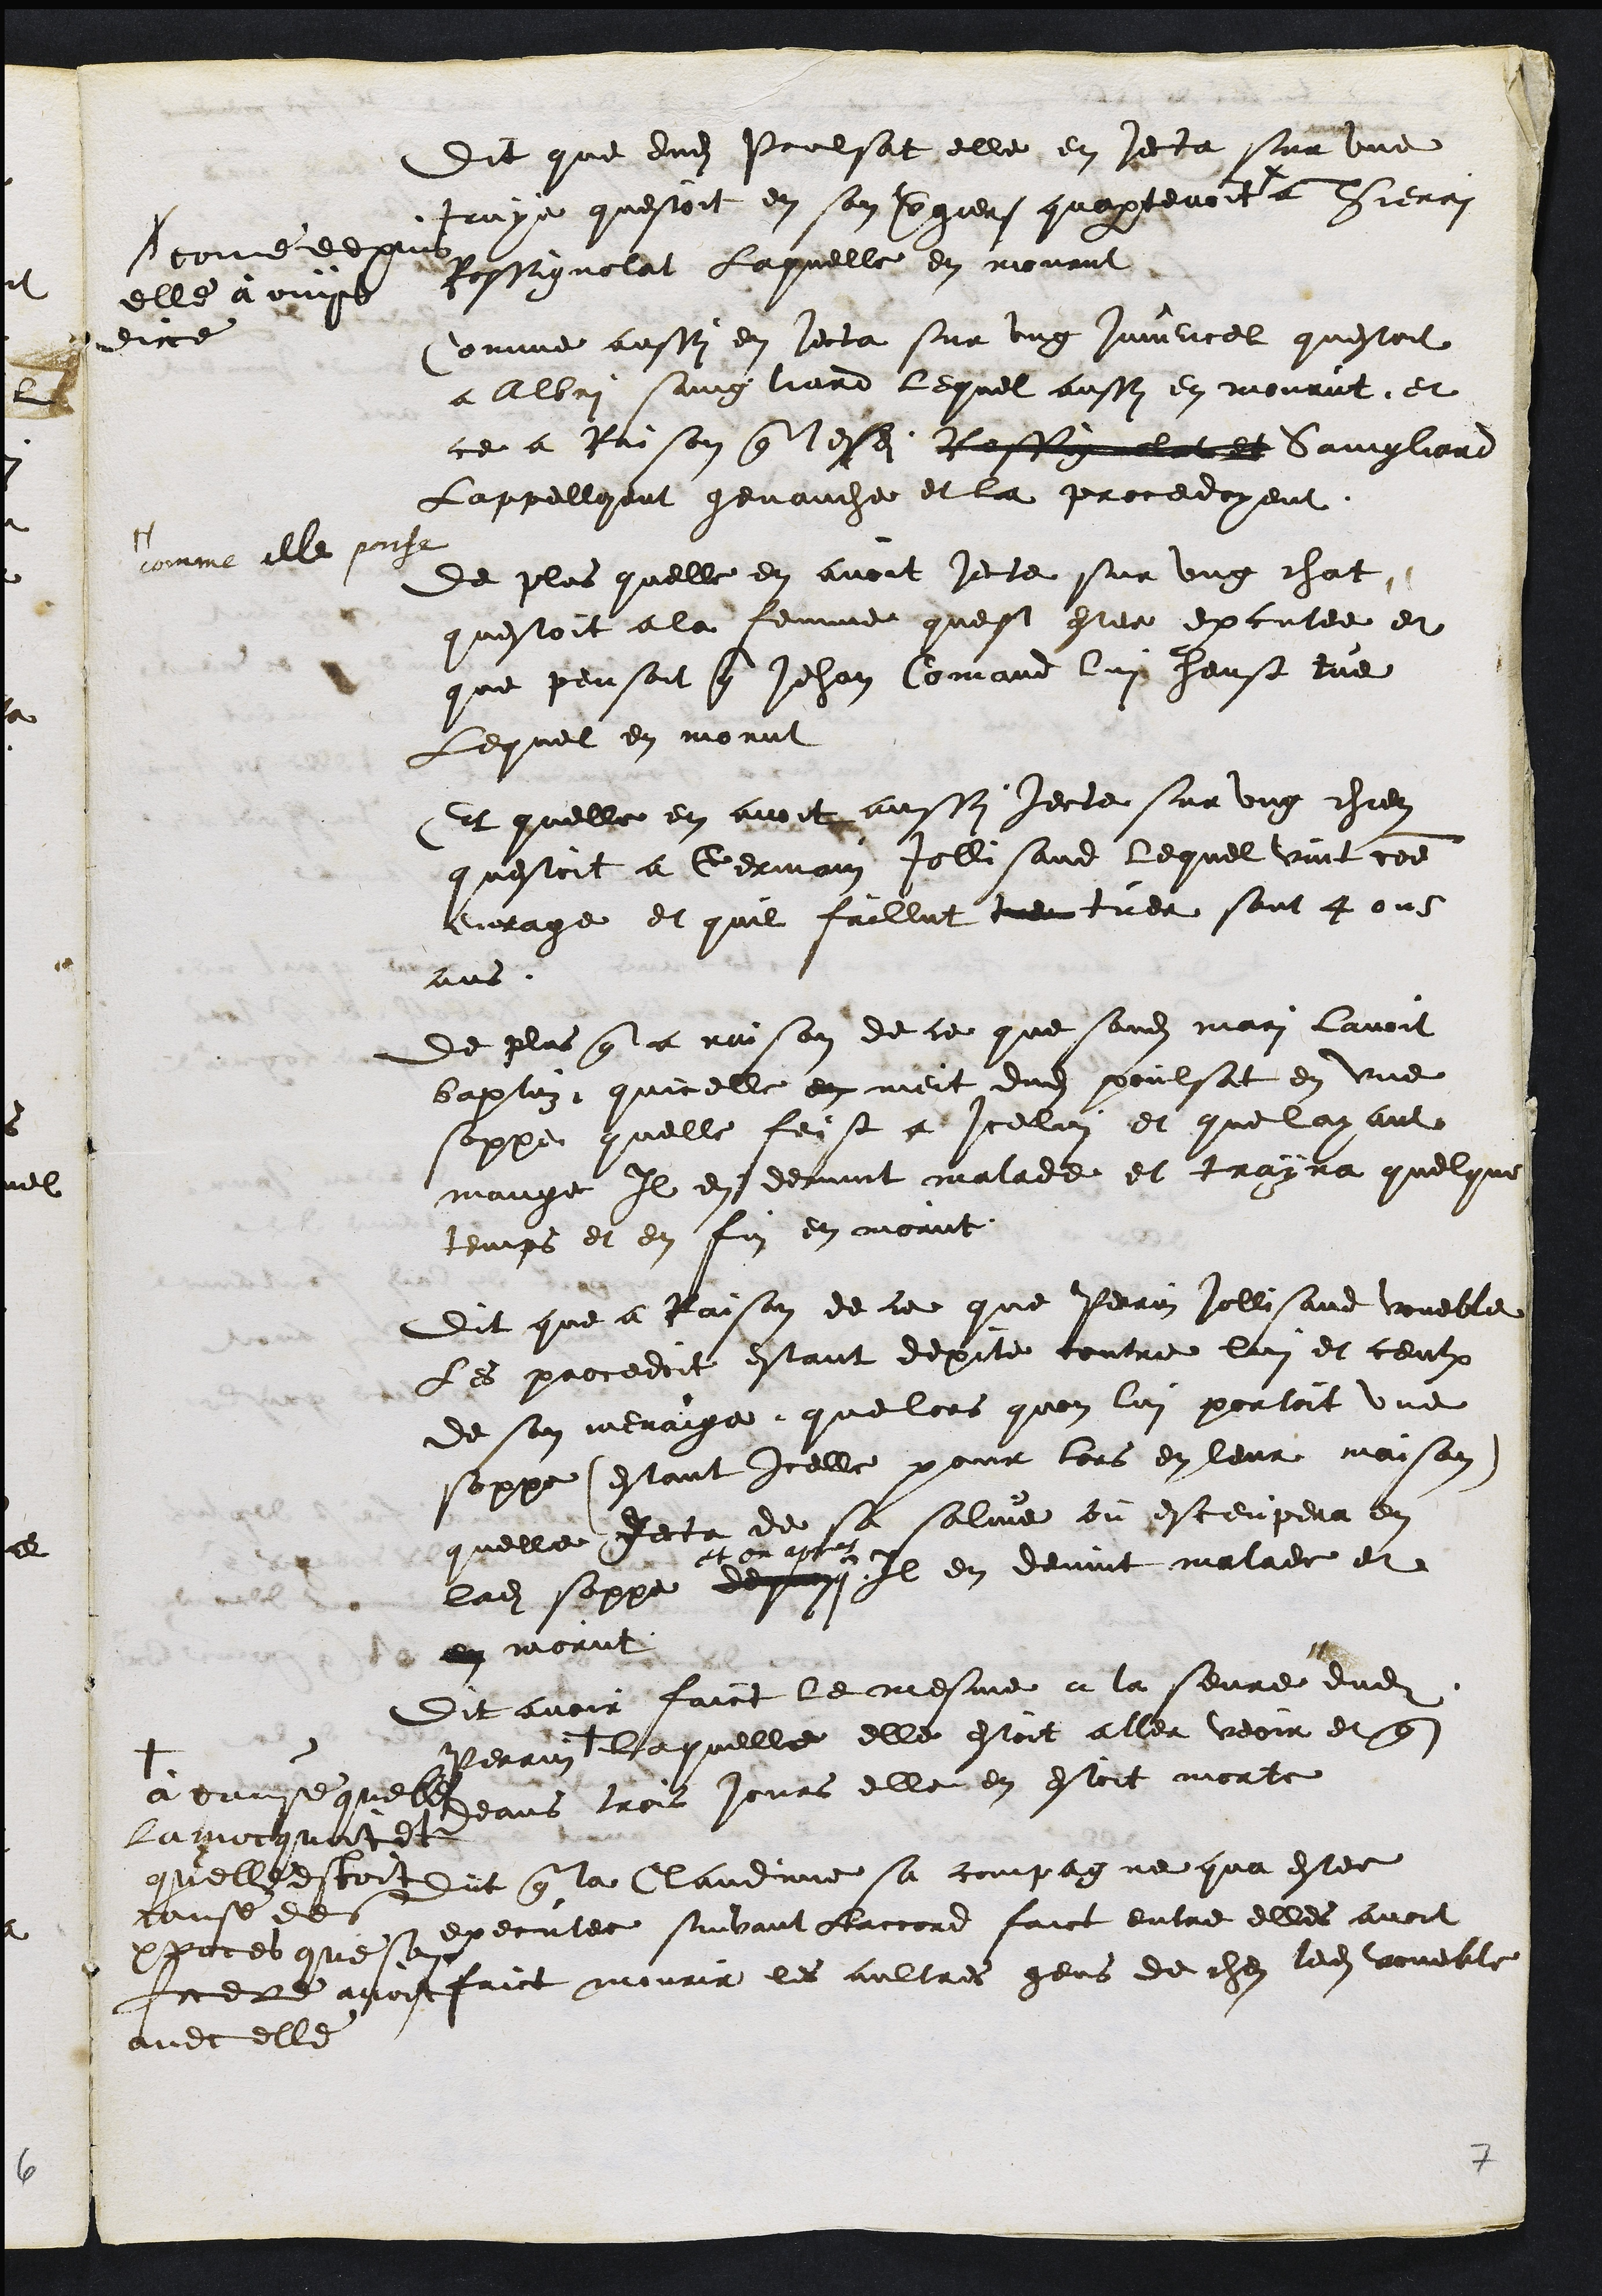
Dit que dudit Poulsat elle en jecta sur une
truye questoit en son vergier quapartenoit #
# comme depuis
elle a ouys
dire
a Thierri
Rossignolat Laquelle en mourut
Comme aussi en jecta sur ung juvencel questoit
a Albri sainglard lequel aussy en mourut et
ce a raison que lesdits Rossignelat et Saingliard
Lappelloient genauche et la procedoyent
#
comme elle pense
De plus quelle en avoit jecte sur ung chat
questoit a la femme quest estee excutee et
que pensoit que Jehan Comand lui heust tue
Lequel en morut
Et quelle en avoit aussi jecte sur ung chien
questoit a Germain Jollisand lequel vint comme
enrage et quil faillut tue tuer sont 4 ou 5
ans
De plus que a raison de ce que sondit mari lavoit
baptuz quicelle en meit dudit poulsat en une
soppe quelle feist a Icelui et que layant
mange Il en devint malade et trayna quelque
temps et en fin en morut
Dit que a Raison de ce que Perrin Jollisand voueble
Les procedoit estant depite contre lui et ceulx
de son menaige que lors quon lui portoit une
soppe (estant icelle pour lors en leur maison)
quelle jecta de sa salive ou esceupera en
ladite soppe de quoy
et en apres
Il en devint malade et
en morut
Dit avoir faict le mesme a la seure dudit
Perrin
à cause quelle
la mocquoit et
quelle estoit
cause des
proces que son
frere avoit
avec elle
Laquelle elle estoit aller veoir et que
deans trois jours elle en estoit morte
Dit que la Claudine sa compagne qua estee
executee suivant laccord faict entre elles avoit
faict mourir les aultres gens de chez ledit voueble

7